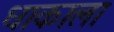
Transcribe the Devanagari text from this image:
धाकाला